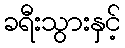
ခရီးသွားနှင့်